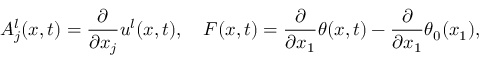
A _ { j } ^ { l } ( x , t ) = \frac { \partial } { \partial x _ { j } } u ^ { l } ( x , t ) , \quad F ( x , t ) = \frac { \partial } { \partial x _ { 1 } } \theta ( x , t ) - \frac { \partial } { \partial x _ { 1 } } \theta _ { 0 } ( x _ { 1 } ) ,